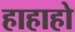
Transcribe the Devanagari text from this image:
हाहाहो